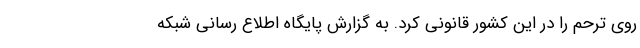
روی ترحم را در این کشور قانونی کرد. به گزارش پایگاه اطلاع رسانی شبکه